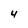
Character: 4